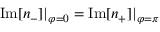
\mathrm { I m } [ n _ { - } ] | _ { \varphi = 0 } = \mathrm { I m } [ n _ { + } ] | _ { \varphi = \pi }